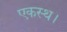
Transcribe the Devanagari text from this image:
एकस्थ।